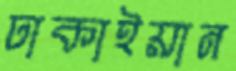
ঢাকাইয়ান